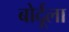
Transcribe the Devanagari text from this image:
बोर्दूला